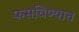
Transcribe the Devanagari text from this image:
फसविण्यात